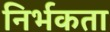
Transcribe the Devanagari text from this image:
निर्भकता